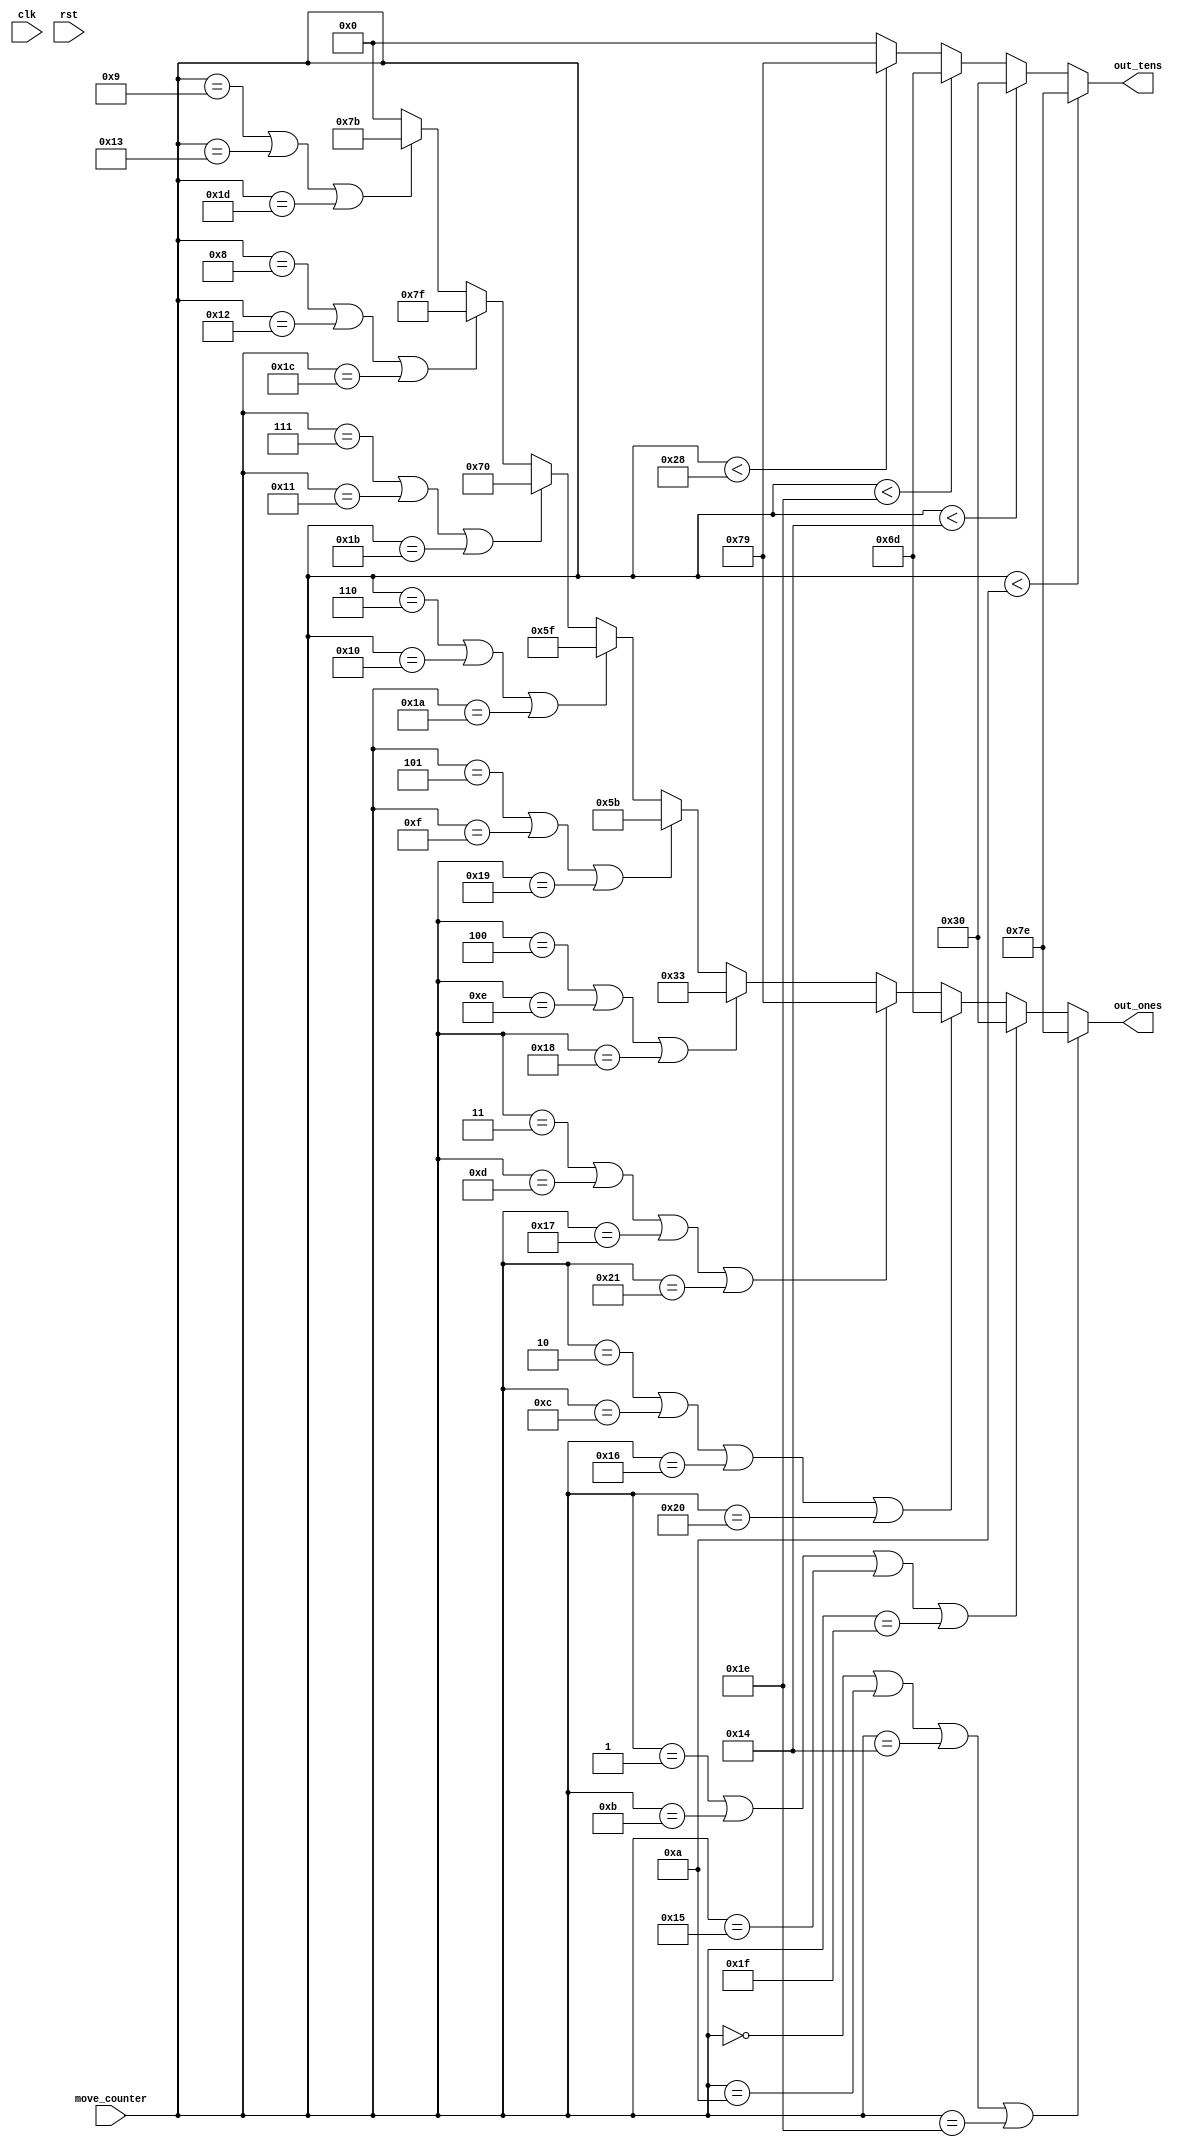
/*
   This file was generated automatically by the Mojo IDE version B1.3.6.
   Do not edit this file directly. Instead edit the original Lucid source.
   This is a temporary file and any changes made to it will be destroyed.
*/

module seven_Seg_17 (
    input clk,
    input rst,
    input [15:0] move_counter,
    output reg [6:0] out_ones,
    output reg [6:0] out_tens
  );
  
  
  
  always @* begin
    out_ones = 7'h00;
    out_tens = 7'h00;
    if (move_counter == 1'h0 || move_counter == 4'ha || move_counter == 5'h14 || move_counter == 5'h1e) begin
      out_ones = 7'h7e;
    end else begin
      if (move_counter == 1'h1 || move_counter == 4'hb || move_counter == 5'h15 || move_counter == 5'h1f) begin
        out_ones = 7'h30;
      end else begin
        if (move_counter == 2'h2 || move_counter == 4'hc || move_counter == 5'h16 || move_counter == 6'h20) begin
          out_ones = 7'h6d;
        end else begin
          if (move_counter == 2'h3 || move_counter == 4'hd || move_counter == 5'h17 || move_counter == 6'h21) begin
            out_ones = 7'h79;
          end else begin
            if (move_counter == 3'h4 || move_counter == 4'he || move_counter == 5'h18) begin
              out_ones = 7'h33;
            end else begin
              if (move_counter == 3'h5 || move_counter == 4'hf || move_counter == 5'h19) begin
                out_ones = 7'h5b;
              end else begin
                if (move_counter == 3'h6 || move_counter == 5'h10 || move_counter == 5'h1a) begin
                  out_ones = 7'h5f;
                end else begin
                  if (move_counter == 3'h7 || move_counter == 5'h11 || move_counter == 5'h1b) begin
                    out_ones = 7'h70;
                  end else begin
                    if (move_counter == 4'h8 || move_counter == 5'h12 || move_counter == 5'h1c) begin
                      out_ones = 7'h7f;
                    end else begin
                      if (move_counter == 4'h9 || move_counter == 5'h13 || move_counter == 5'h1d) begin
                        out_ones = 7'h7b;
                      end
                    end
                  end
                end
              end
            end
          end
        end
      end
    end
    if (move_counter < 4'ha) begin
      out_tens = 7'h7e;
    end else begin
      if (move_counter < 5'h14) begin
        out_tens = 7'h30;
      end else begin
        if (move_counter < 5'h1e) begin
          out_tens = 7'h6d;
        end else begin
          if (move_counter < 6'h28) begin
            out_tens = 7'h79;
          end
        end
      end
    end
  end
endmodule